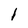
Character: l